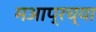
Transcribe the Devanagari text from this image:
मआप्रच्या